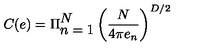
C ( e ) = \Pi _ { \displaystyle { n = 1 } } ^ { \displaystyle { N } } \left( \frac { N } { 4 \pi e _ { n } } \right) ^ { D / 2 }